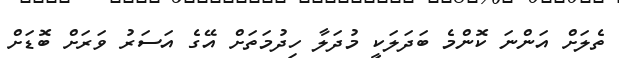
ތެލަށް އަންނަ ކޮންމެ ބަދަލަކީ މުދަލާ ހިދުމަތަށް އޭގެ އަސަރު ވަރަށް ބޮޑަށް